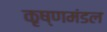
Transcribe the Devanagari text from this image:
कृष्णमंडल